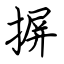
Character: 摒